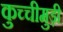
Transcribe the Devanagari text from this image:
कुच्चीमुड़ी